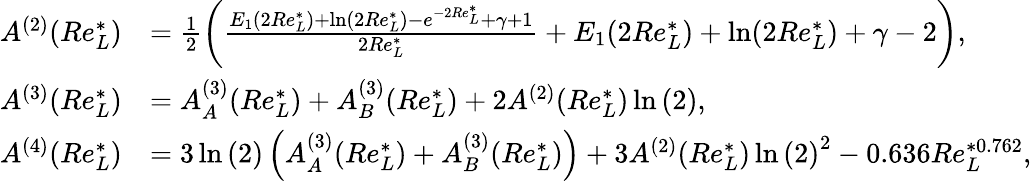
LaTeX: \begin{array}{rl}{A^{(2)}(Re_{L}^{*})}&{=\frac{1}{2}\left(\frac{E_{1}(2Re_{L}^{*})+\ln(2Re_{L}^{*})-e^{-2Re_{L}^{*}}+\gamma+1}{2Re_{L}^{*}}+E_{1}(2Re_{L}^{*})+\ln(2Re_{L}^{*})+\gamma-2\right),}\\ {A^{(3)}(Re_{L}^{*})}&{=A_{A}^{(3)}(Re_{L}^{*})+A_{B}^{(3)}(Re_{L}^{*})+2A^{(2)}(Re_{L}^{*})\ln{(2)},}\\ {A^{(4)}(Re_{L}^{*})}&{=3\ln{(2)}\left(A_{A}^{(3)}(Re_{L}^{*})+A_{B}^{(3)}(Re_{L}^{*})\right)+3A^{(2)}(Re_{L}^{*})\ln{(2)}^{2}-0.636Re_{L}^{*0.762},}\end{array}